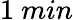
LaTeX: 1~min